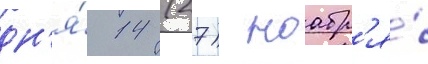
дн'я́ 14 (27) ноабр'я́